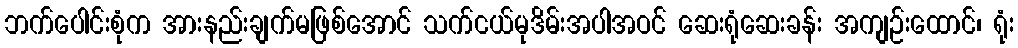
ဘက်ပေါင်းစုံက အားနည်းချက်မဖြစ်အောင် သက်ငယ်မုဒိမ်းအပါအဝင် ဆေးရုံဆေးခန်း အကျဉ်းထောင်၊ ရုံး